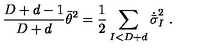
{ \frac { D + d - 1 } { D + d } } \bar { \theta } ^ { 2 } = { \frac { 1 } { 2 } } \sum _ { I < D + d } \dot { \bar { \sigma } } _ { I } ^ { 2 } \ .